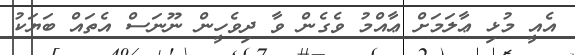
އެއީ މުޅި ޢާލަމަށް ޢާއްމު ވެގެން ވާ ދިވެހީން ނޫނަސް އެތައް ބަޔަކު